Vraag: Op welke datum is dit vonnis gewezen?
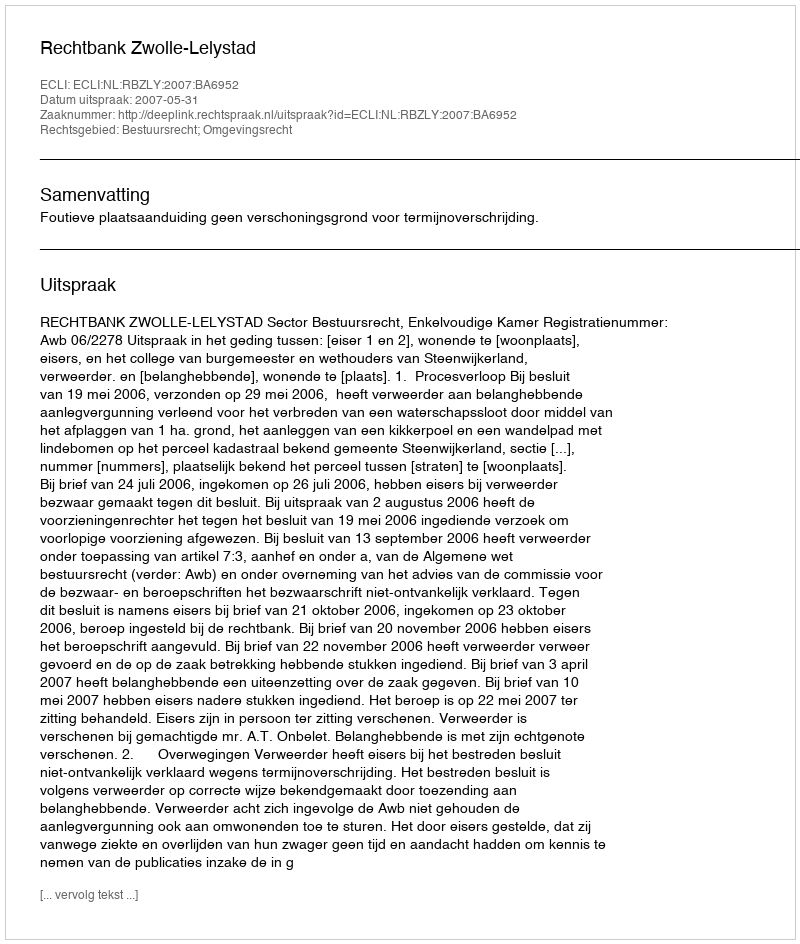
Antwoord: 2007-05-31